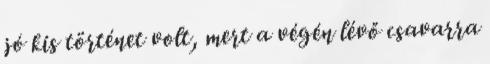
jó kis történet volt, mert a végén lévő csavarra